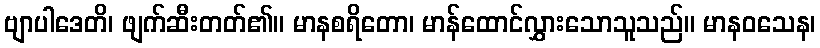
ဗျာပါဒေတိ၊ ဖျက်ဆီးတတ်၏။ မာနစရိတော၊ မာန်ထောင်လွှားသောသူသည်။ မာနဝသေန၊